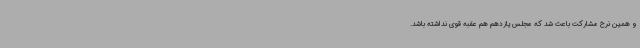
و همین نرخ مشارکت باعث شد که مجلس یازدهم هم عقبه قوی نداشته باشد.